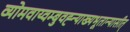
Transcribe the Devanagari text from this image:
व्योमवाय्वम्बुवह्न्याख्यभूतान्यासीत्